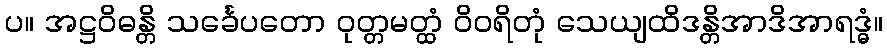
ပ။ အဋ္ဌဝိဓန္တိ သင်္ခေပတော ဝုတ္တမတ္ထံ ဝိဝရိတုံ သေယျထိဒန္တိအာဒိအာရဒ္ဓံ။